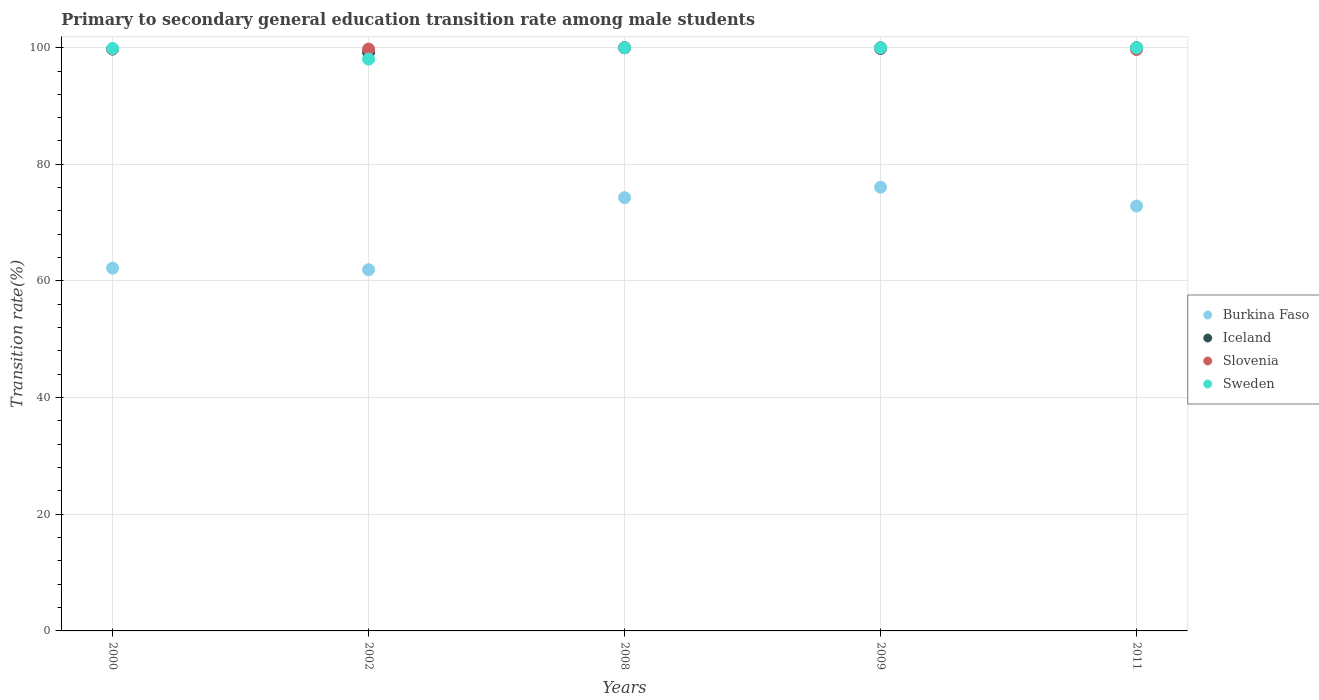
| Years | Burkina Faso | Iceland | Slovenia | Sweden |
 | --- | --- | --- | --- | --- |
 | 2000 | 62.2 | 99.8 | 99.8 | 99.9 |
 | 2002 | 61.9 | 99.2 | 99.8 | 98 |
 | 2008 | 74.3 | 100 | 100 | 100 |
 | 2009 | 76.1 | 99.9 | 100 | 100 |
 | 2011 | 72.9 | 100 | 99.7 | 100 |